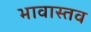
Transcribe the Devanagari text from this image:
भावास्तव